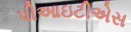
પીઆઇટીએસ